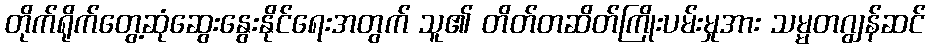
တိုက်ရိုက်တွေ့ဆုံဆွေးနွေးနိုင်ရေးအတွက် သူ၏ တိတ်တဆိတ်ကြိုးပမ်းမှုအား သမ္မတဂျွန်ဆင်